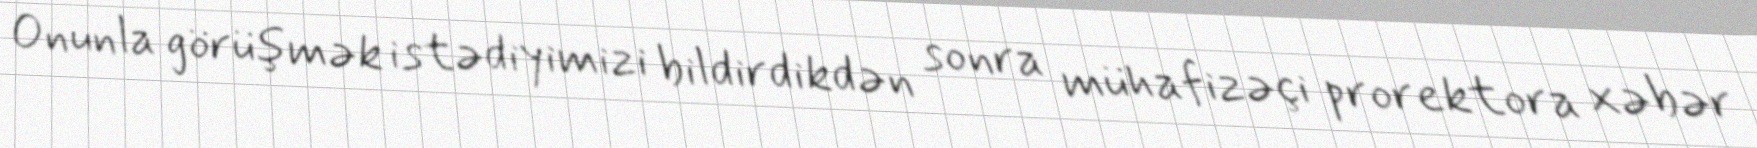
Onunla görüşmək istədiyimizi bildirdikdən sonra mühafizəçi prorektora xəbər